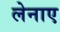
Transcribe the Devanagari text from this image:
लेनाए